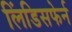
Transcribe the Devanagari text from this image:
लिंडिसफेर्न